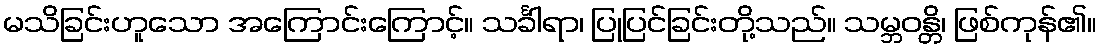
မသိခြင်းဟူသော အကြောင်းကြောင့်။ သင်္ခါရာ၊ ပြုပြင်ခြင်းတို့သည်။ သမ္ဘဝန္တိ၊ ဖြစ်ကုန်၏။